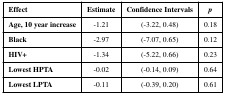
<table><thead><tr><td><b>Effect</b></td><td><b>Estimate</b></td><td><b>Confidence Intervals</b></td><td><b><i>p</i></b></td></tr></thead><tbody><tr><td><b>Age, 10 year increase</b></td><td>-1.21</td><td>(-3.22, 0.48)</td><td>0.18</td></tr><tr><td><b>Black</b></td><td>-2.97</td><td>(-7.07, 0.65)</td><td>0.12</td></tr><tr><td><b>HIV+</b></td><td>-1.34</td><td>(-5.22, 0.66)</td><td>0.23</td></tr><tr><td><b>Lowest HPTA</b></td><td>-0.02</td><td>(-0.14, 0.09)</td><td>0.64</td></tr><tr><td><b>Lowest LPTA</b></td><td>-0.11</td><td>(-0.39, 0.20)</td><td>0.61</td></tr></tbody></table>